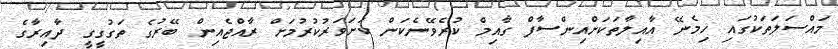
މައްސަލަތަކުގައި ހިމެނޭ އާއިލާތަކަށްއިންސާފް ގާއިމް ކުރެވޭނެކަން ކަށަވަރުކުރުމަށް ރާއްޖެއިން ބޭރުގެ ތަގުގީގީ ދާއިރާގެ